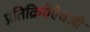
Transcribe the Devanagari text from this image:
प्रतिक्रियेऐवजी